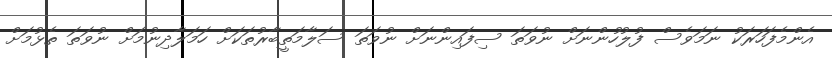
އެންމެފަހަރަކު ނަމަވެސް ފުލުހުންނަށް ނުވަތަ ސިފައިންނަށް ނުވަތަ ސަލާމަތީބާރުތަކަށް ހަމަލާދިނުމަށް ނުވަތަ ތެޅުމަށް